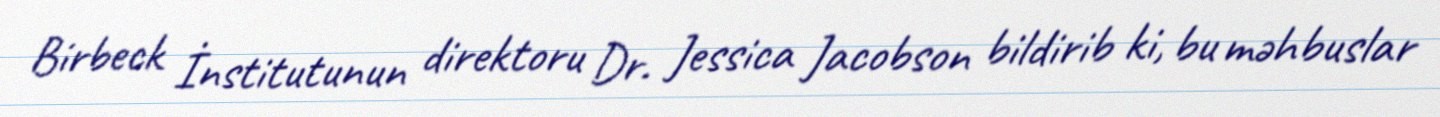
Birbeck İnstitutunun direktoru Dr. Jessica Jacobson bildirib ki, bu məhbuslar